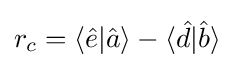
r_{c}=\langle {\hat {e}}|{\hat {a}}\rangle -\langle {\hat {d}}|{\hat {b}}\rangle